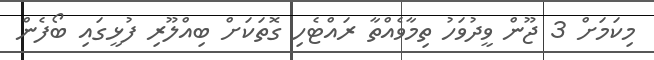
މިކަމަށް 3 ޖޫން ވީދުވަހު ތިމާވެއްތާ ރައްޓެހި ގޮތަަކަށް ބިއްލޫރި ފުޅީގައި ބޯފެން